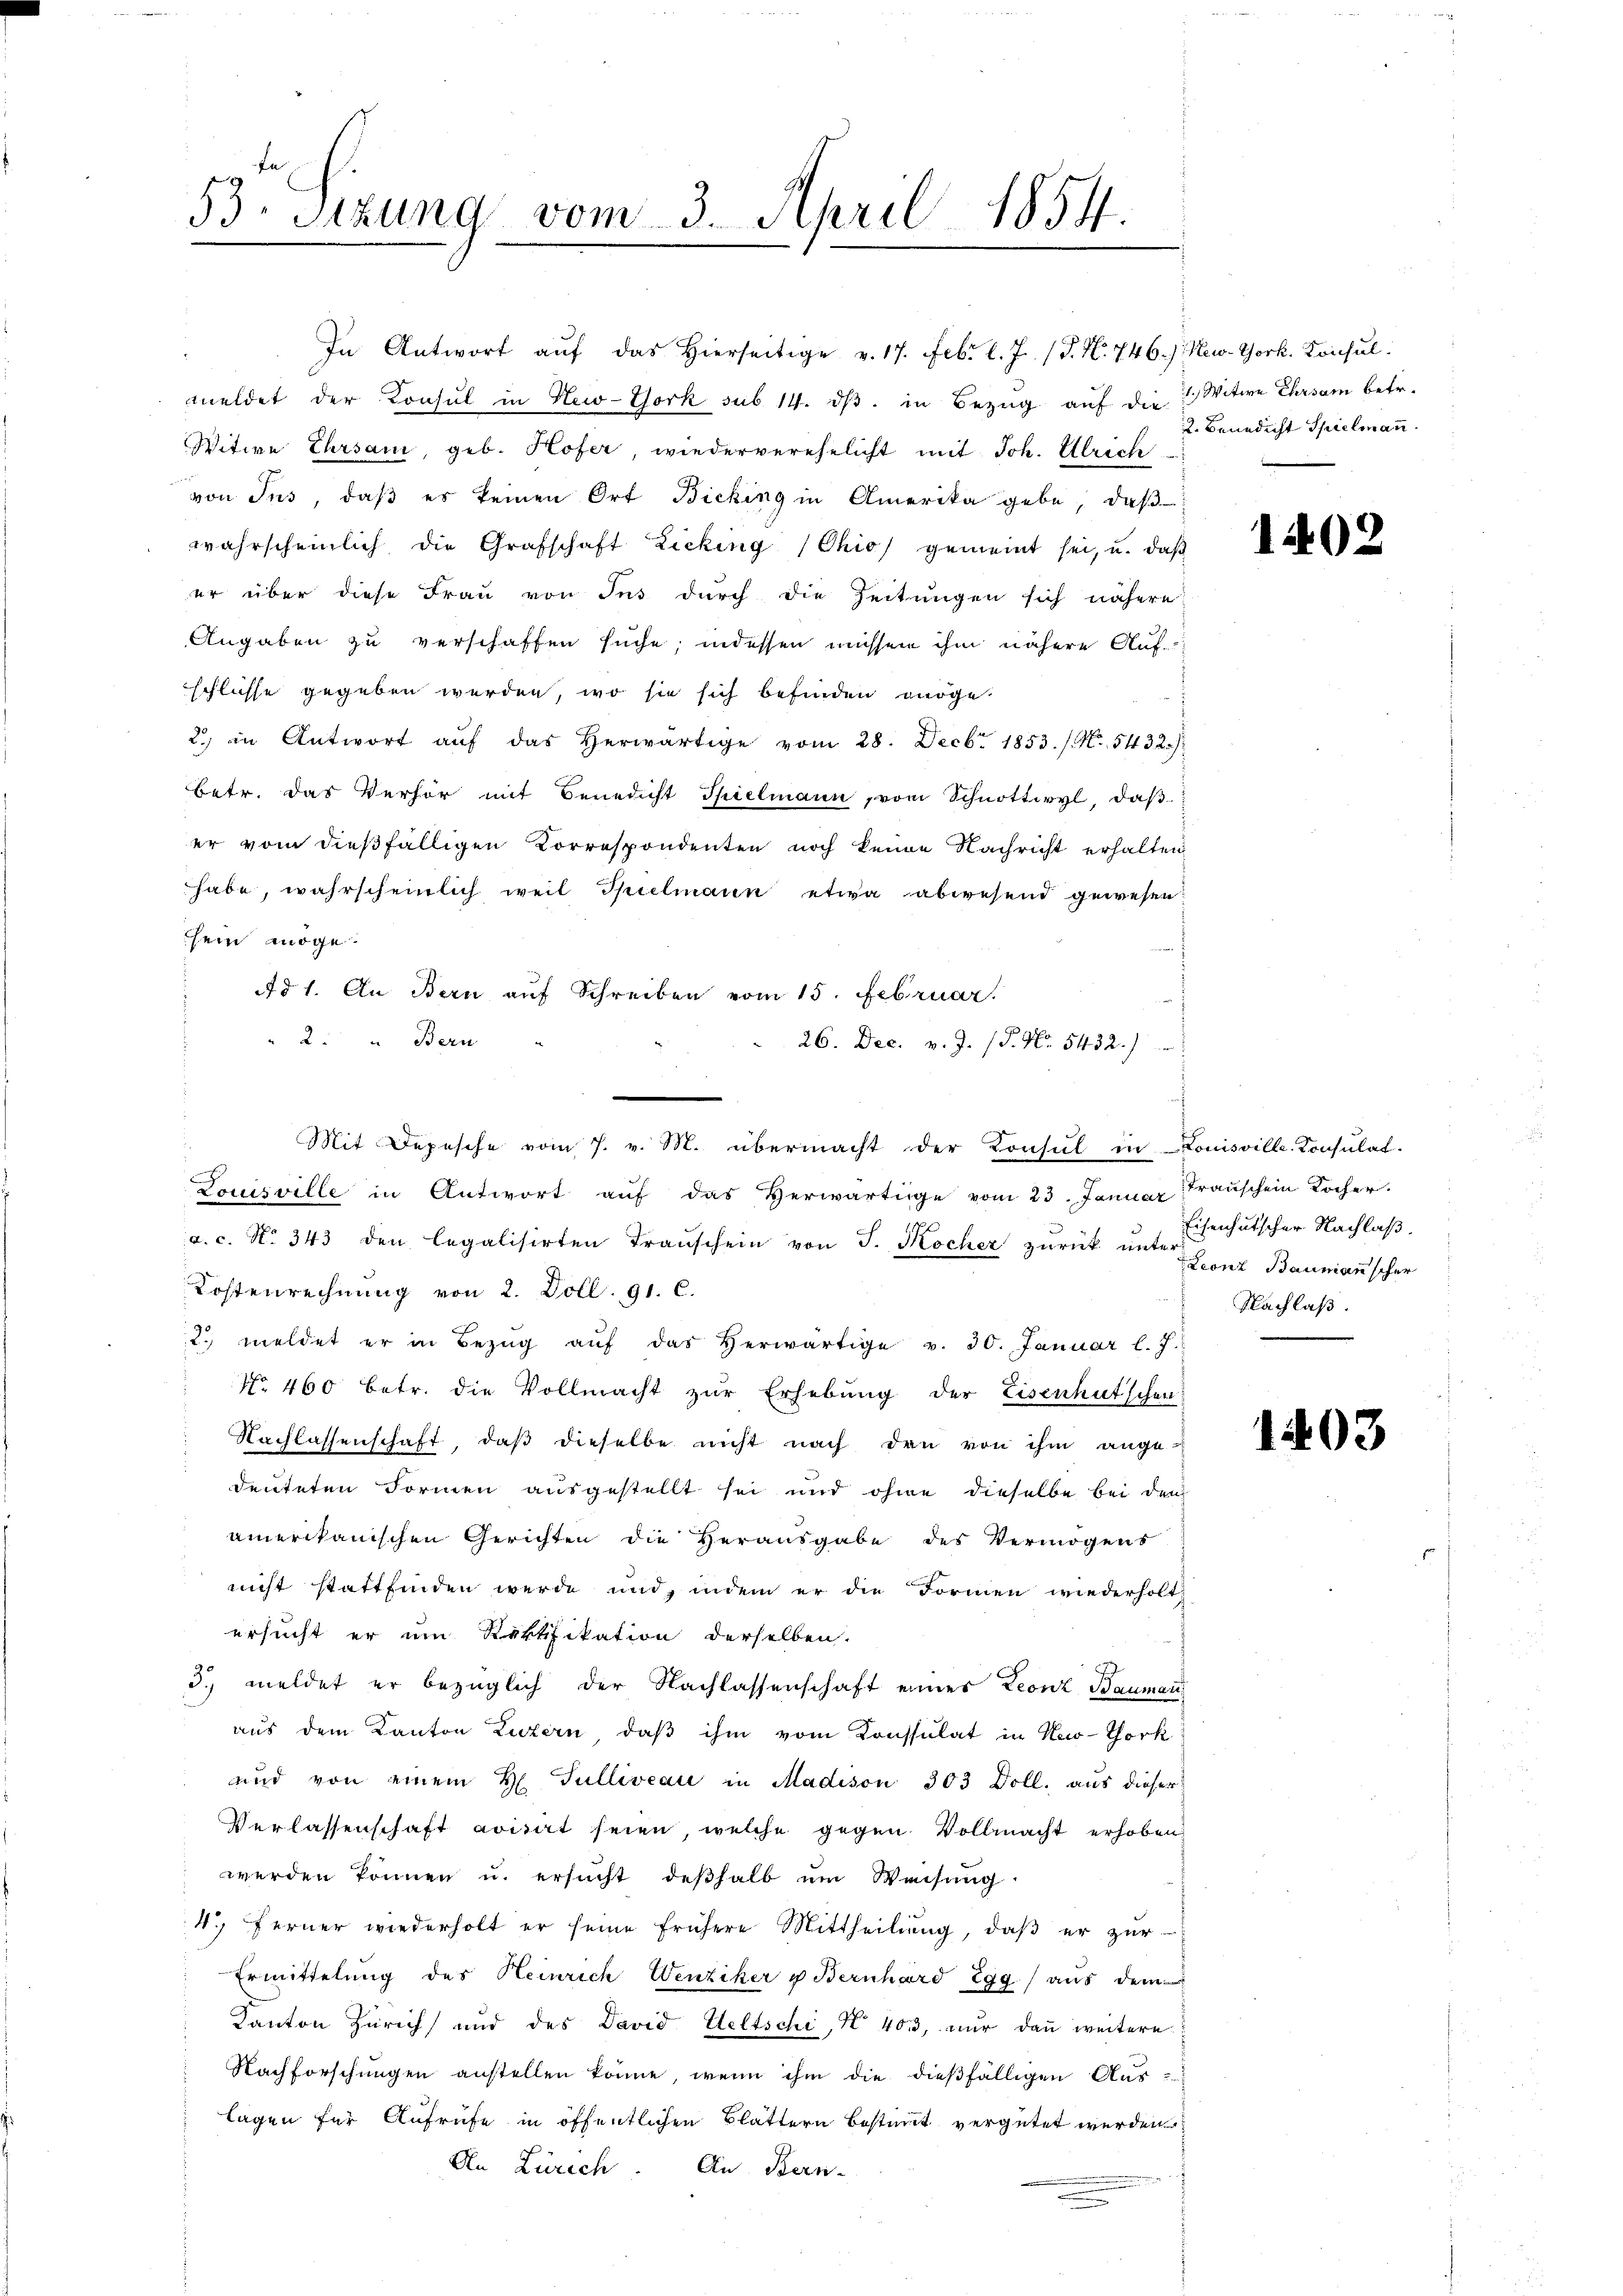
53. Sitzung vom 3. April 1854.

In Antwort aŭf das hierseitige v. 17. Febr. l. J. (T. N. 746.) New-York. Konsul
meldet der Konsul in New-York sub 14. dβ. in Bezug auf die Witwe Ehrsam betr.
Witwe Ehrsam, geb. Hofer, wiederverehelicht mit Joh. Ulrich
von Jns, daβ es keinen Ort Bicking in Amerika gebe, daβ
wahrscheinlich die Grafschaft Zicking (Chio gemeint sei, u. daβ
er über diese Frau von Ins durch die Zeitungen sich nähere
Angaben zu verschaffen suche; indessen müssen ihm nähere Auf-
schlüsse gegeben werden, wo sie sich befinden verge¬
2) in Antwort aŭf das herwärtige vom 28. Decbr. 1853. /. N. 5432.)
betr. das Verhör mit Benedicht Spielmann, vom Schnottwyl, daβ
er vom dießfälligen Korrespondenten noch keine Nachricht erhalten
habe, wahrscheinlich weil Spielmann etwa abwesend gewesen.
sein möge.
Ad 1. An Bern auf Schreiben vom 15. Februar.
2. Bern
Louisville in Antwort aŭf das Herwärtige vom 23. Januar Fraŭschein Locher
a. c. No. 343 den legalisirten Transchein von J. Kocher zurück unter Grenz Baumanischer
Kostenrechnung von 2. Doll. 91. C.
2. meldet er in Bezŭg aŭf das herwärtige v. 30. Januar l. J.
No. 460 betr. die Vollmacht zŭr Erhebung der Eisenhutschen
Nachlassenschaft, daβ dieselbe nicht nach den von ihm ange-
deuteten Formen ausgestellt sei und ohne dieselbe bei den
amerikanischen Gerichten die Herausgabe des Vermögens
nicht stattfinden werde und, indem er die Formen wiederholt,
ersucht er um Rektifikation derselben.
d. meldet er bezüglich der Nachlassenschaft eines Leonz Bauman
aus dem Kanton Luzern, daß ihm vom Konssulat in Huo-York
und von einem H. Gulliveau in Madison 303 Doll. aus dieser
Verlassenschaft voitat seien, welche gegen Vollmacht erhoben
werden können u. ersucht deßhalb um Weisung
4. Ferner wiederholt er seine frühere Mittheilŭng, daβ er zŭr
Ermittelung des Heinrich Wenziker u Bernhard Egg aus dem
Kanton Zürich und des David Weltschi, § 403, nŭr dann weitere
Nachforschungen anstellen könne, wenn ihm die dießfälligen Auslagen für Aufrufe in öffentlichen Blättern bestimmt vergütet werden
An Zürich an Bern-

26. Dec. v. J. P. Nr. 5432.)
Mit Depesche vom 7. v. M. übermacht der Konsul in Louisville-Konsulat.

2. Benedicht Spielmann

1402

Eisenhutscher Nachlaß.
Nachlaß.

1403